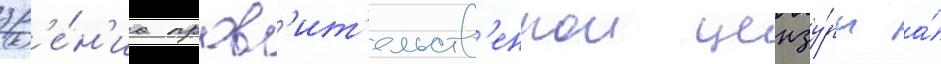
зр'е́н'иа прав'ит'ельств'еннои цензу́ры а́